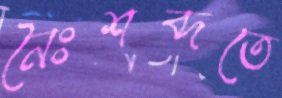
নৈঃশব্দতে